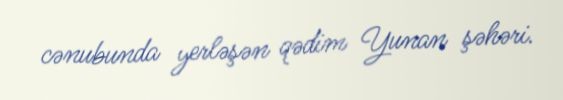
cənubunda yerləşən qədim Yunan şəhəri.